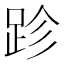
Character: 跈